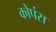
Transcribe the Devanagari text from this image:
कोपंस